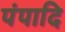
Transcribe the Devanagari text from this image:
पंपादि